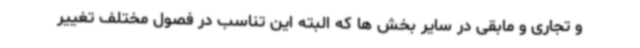
و تجاری و مابقی در سایر بخش ها که البته این تناسب در فصول مختلف تغییر